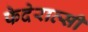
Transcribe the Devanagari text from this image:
फेदेरात्सी